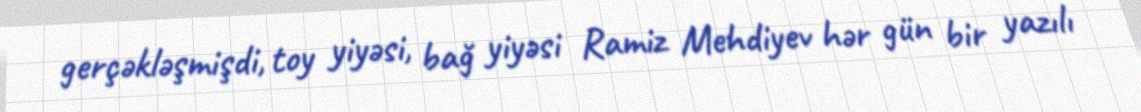
gerçəkləşmişdi, toy yiyəsi, bağ yiyəsi Ramiz Mehdiyev hər gün bir yazılı